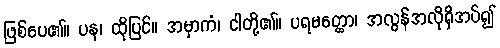
ဖြစ်ပေ၏။ ပန၊ ထိုပြင်။ အမှာကံ၊ ငါတို့၏။ ပရမတ္ထော၊ အလွန်အလိုရှိအပ်၍